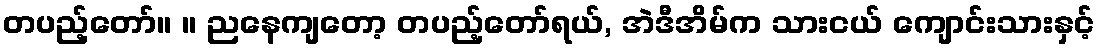
တပည့်တော်။ ။ ညနေကျတော့ တပည့်တော်ရယ်, အဲဒီအိမ်က သားငယ် ကျောင်းသားနှင့်